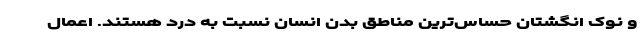
و نوک انگشتان حساس‌ترین مناطق بدن انسان نسبت به درد هستند. اعمال